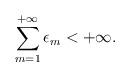
LaTeX: \begin{align*} \sum_{m=1}^{+\infty}\epsilon_m<+\infty.\end{align*}